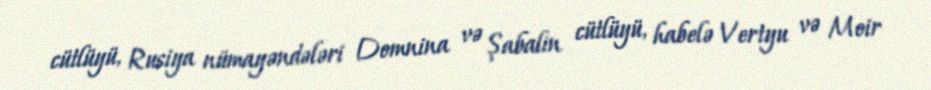
cütlüyü, Rusiya nümayəndələri Domnina və Şabalin cütlüyü, habelə Vertyu və Moir